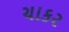
ચાકર